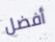
أفضل